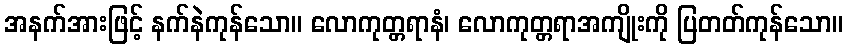
အနက်အားဖြင့် နက်နဲကုန်သော။ လောကုတ္တရာနံ၊ လောကုတ္တရာအကျိုးကို ပြတတ်ကုန်သော။